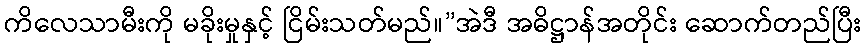
ကိလေသာမီးကို မခိုးမှုနှင့် ငြိမ်းသတ်မည်။”အဲဒီ အဓိဋ္ဌာန်အတိုင်း ဆောက်တည်ပြီး